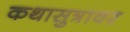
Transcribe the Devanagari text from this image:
कथासुत्रावर